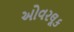
ઓવરલૂક